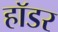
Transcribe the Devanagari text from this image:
हॉडर